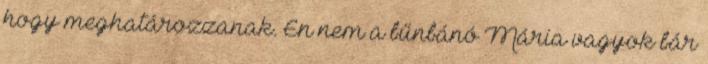
hogy meghatározzanak. Én nem a bűnbánó Mária vagyok bár